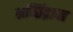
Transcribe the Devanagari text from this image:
मच्छिंद्राचा